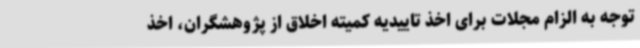
توجه به الزام مجلات برای اخذ تاییدیه کمیته اخلاق از پژوهشگران، اخذ